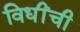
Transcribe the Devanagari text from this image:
विधींची